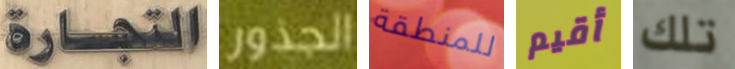
التجارة الجذور للمنطقة أقيم تلك